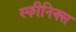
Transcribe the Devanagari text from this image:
स्फीनिक्स